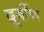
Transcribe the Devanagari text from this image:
दूर्बीण